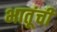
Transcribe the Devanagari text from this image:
भातूंची